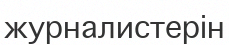
журналистерін